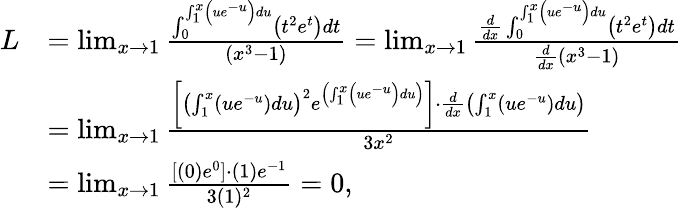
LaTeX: \begin{array}{rl}{L}&{=\operatorname*{lim}_{x\to 1}\frac{\int_{0}^{\int_{1}^{x}\left(ue^{-u}\right)du}\left(t^{2}e^{t}\right)dt}{\left(x^{3}-1\right)}=\operatorname*{lim}_{x\to 1}\frac{\frac{d}{dx}\int_{0}^{\int_{1}^{x}\left(ue^{-u}\right)du}\left(t^{2}e^{t}\right)dt}{\frac{d}{dx}\left(x^{3}-1\right)}}\\ &{=\operatorname*{lim}_{x\to 1}\frac{\left[\left(\int_{1}^{x}\left(ue^{-u}\right)du\right)^{2}e^{\left(\int_{1}^{x}\left(ue^{-u}\right)du\right)}\right]\cdot\frac{d}{dx}\left(\int_{1}^{x}\left(ue^{-u}\right)du\right)}{3x^{2}}}\\ &{=\operatorname*{lim}_{x\to 1}\frac{[(0)e^{0}]\cdot(1)e^{-1}}{3(1)^{2}}=0,}\end{array}